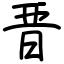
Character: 晋